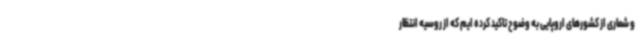
و شماری از کشورهای اروپایی به وضوح تاکید کرده ایم که از روسیه انتظار